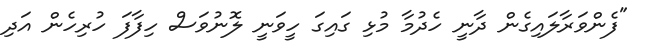
"ފެންވަރާލައިގެން ދާނީ ހެދުމާ މުޅި ގައިގަ ހީވަނީ ލޮނުވަސް ހިފާފަ ހުރިހެން އަދި